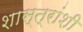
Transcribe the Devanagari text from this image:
शास्त्रांशी